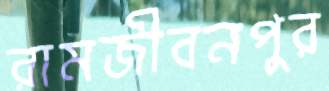
রামজীবনপুর